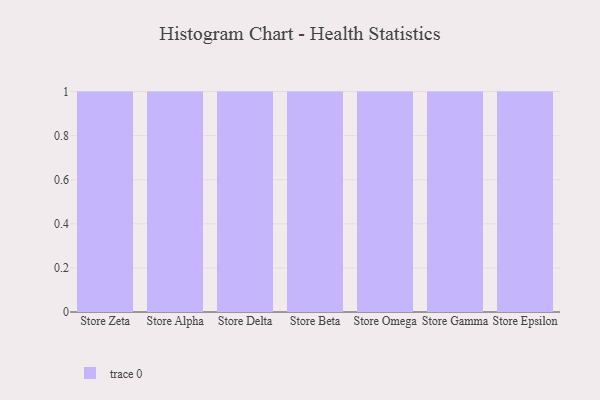
{"axis": {"x": "Store", "y": "Revenue (USD Million)"}, "legend": [""], "data": [{"x": "Store Zeta", "y": 23, "type": ""}, {"x": "Store Alpha", "y": 84, "type": ""}, {"x": "Store Delta", "y": 76, "type": ""}, {"x": "Store Beta", "y": 83, "type": ""}, {"x": "Store Omega", "y": 33, "type": ""}, {"x": "Store Gamma", "y": 10, "type": ""}, {"x": "Store Epsilon", "y": 8, "type": ""}]}